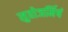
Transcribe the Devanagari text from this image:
सुवोजर्मिषं